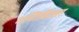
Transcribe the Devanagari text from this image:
गणिविज्जा